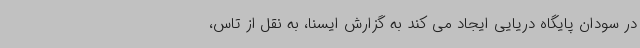
در سودان پایگاه دریایی ایجاد می کند به گزارش ایسنا، به نقل از تاس،